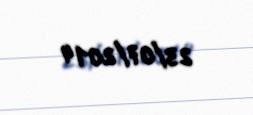
23/07/2014